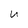
Character: U